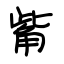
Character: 觜